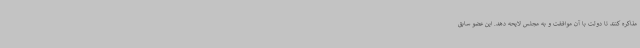
مذاکره کنند تا دولت با آن موافقت و به مجلس لایحه دهد. این عضو سابق